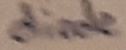
Text: diode